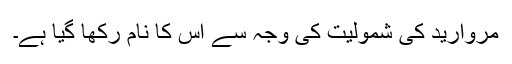
مروارید کی شمولیت کی وجہ سے اِس کا نام رکھا گیا ہے۔